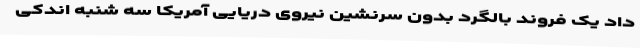
داد یک فروند بالگرد بدون سرنشین نیروی دریایی آمریکا سه شنبه اندکی